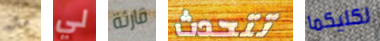
مال لي قارئة تتحدث لكليكما